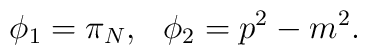
\phi_1 = \pi_N, \:\:\:  \phi_2 = p^2 - m^2.